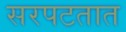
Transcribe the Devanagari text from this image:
सरपटतात